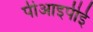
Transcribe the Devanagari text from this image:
पीआइपीई